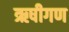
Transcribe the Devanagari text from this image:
ऋषीगण